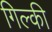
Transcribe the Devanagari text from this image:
गिल्की